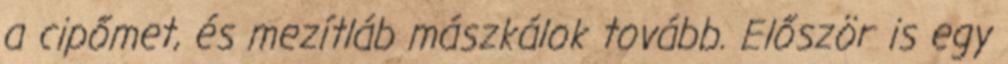
a cipőmet, és mezítláb mászkálok tovább. Először is egy